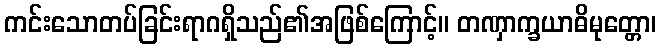
ကင်းသောတပ်ခြင်းရာဂရှိသည်၏အဖြစ်ကြောင့်။ တဏှာက္ခယာဓိမုတ္တော၊